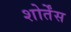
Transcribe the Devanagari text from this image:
शोर्तेंस